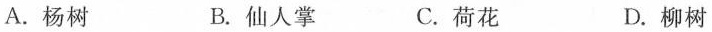
A.杨树 B.仙人掌 C.荷花 D.柳树